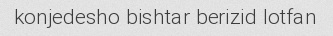
konjedesho bishtar berizid lotfan